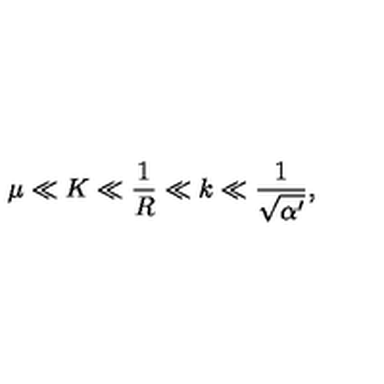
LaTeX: \mu \ll K \ll { \frac { 1 } { R } } \ll k \ll { \frac { 1 } { \sqrt { \alpha ^ { \prime } } } } ,